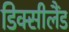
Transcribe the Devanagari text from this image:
डिक्सीलैंड